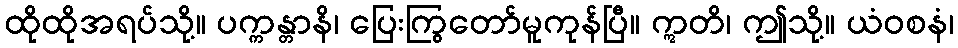
ထိုထိုအရပ်သို့။ ပက္ကန္တာနိ၊ ပြေးကြွတော်မူကုန်ပြီ။ ဣတိ၊ ဤသို့။ ယံဝစနံ၊